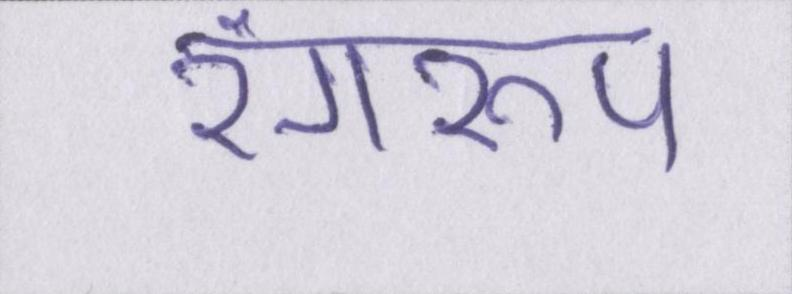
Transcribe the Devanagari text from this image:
रंगरूप